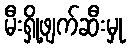
မီးရှို့ဖျက်ဆီးမှု